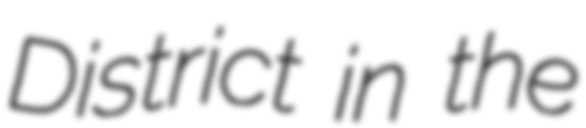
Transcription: District in the